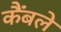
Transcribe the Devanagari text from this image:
कैंबले